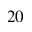
2 0